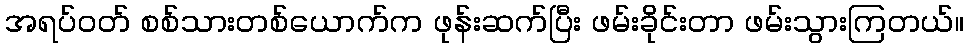
အရပ်ဝတ် စစ်သားတစ်ယောက်က ဖုန်းဆက်ပြီး ဖမ်းခိုင်းတာ ဖမ်းသွားကြတယ်။